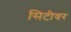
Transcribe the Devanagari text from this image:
सिटीवर